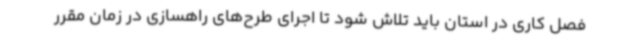
فصل کاری در استان باید تلاش شود تا اجرای طرح‌های راهسازی در زمان مقرر